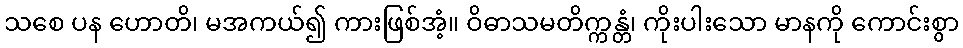
သစေ ပန ဟောတိ၊ မအကယ်၍ ကားဖြစ်အံ့။ ဝိဓာသမတိက္ကန္တံ၊ ကိုးပါးသော မာနကို ကောင်းစွာ